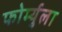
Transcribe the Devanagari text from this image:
फोर्म्युला